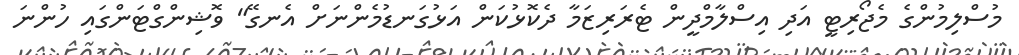
މުސްލިމުންގެ މެޖޯރިޓީ އަދި އިސްލާމްދީން ޓެރަރިޒަމާ ދެކޮޅުކަން އަޅުގަނޑުމެންނަށް އެނގޭ" ވޮޝިންގްޓަންގައި ހުންނަ